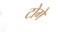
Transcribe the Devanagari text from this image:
टोगे